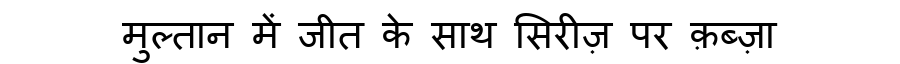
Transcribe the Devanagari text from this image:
मुल्तान में जीत के साथ सिरीज़ पर क़ब्ज़ा